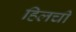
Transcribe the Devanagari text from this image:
हिलची